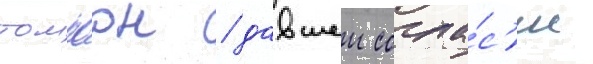
томпсон / давшеи согла́с'ие